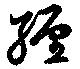
纒